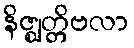
နိဇ္ဈတ္တိဗလာ